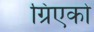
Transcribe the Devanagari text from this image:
ग्रिएको